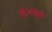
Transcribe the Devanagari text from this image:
मञ्जुल